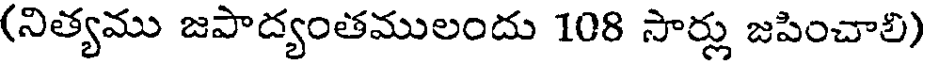
(నిత్యము జపాద్యంతములందు 108 సార్లు జపించాలి)